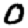
Digit: 0